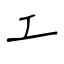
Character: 工